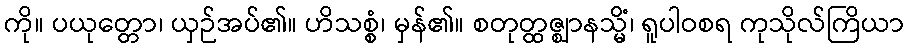
ကို။ ပယုတ္တော၊ ယှဉ်အပ်၏။ ဟိသစ္စံ၊ မှန်၏။ စတုတ္ထဇ္ဈာနသ္မိံ၊ ရူပါဝစရ ကုသိုလ်ကြိယာ